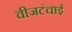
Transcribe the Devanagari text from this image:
वीजटंचाई